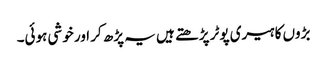
بڑوں کا ہیری پوٹر پڑھتے ہیں یہ پڑھ کر اور خوشی ہوئی۔